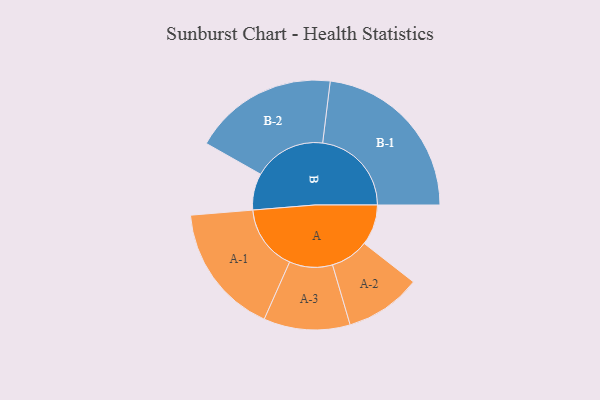
{"axis": {"x": "Segment", "y": "Value"}, "legend": ["", "A", "B"], "data": [{"x": "A", "y": 130, "type": ""}, {"x": "B", "y": 117, "type": ""}, {"x": "A-1", "y": 210, "type": "A"}, {"x": "A-2", "y": 122, "type": "A"}, {"x": "A-3", "y": 138, "type": "A"}, {"x": "B-1", "y": 284, "type": "B"}, {"x": "B-2", "y": 231, "type": "B"}]}